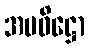
အပဝိဋ္ဌော